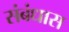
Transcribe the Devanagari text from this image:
संबंधास